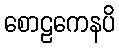
စောဠကေနပိ